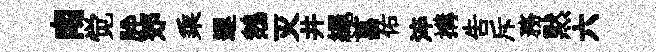
南觉肸郊乘遲鵝灭井繩菖佑淬搆吿斥務黙六